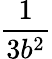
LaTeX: \frac{1}{3b^{2}}